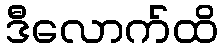
ဒီလောက်ထိ